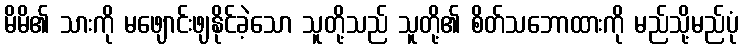
မိမိ၏ သားကို မဖျောင်းဖျနိုင်ခဲ့သော သူတို့သည် သူတို့၏ စိတ်သဘောထားကို မည်သို့မည်ပုံ